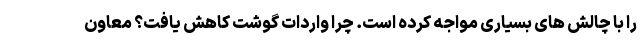
را با چالش های بسیاری مواجه کرده است. چرا واردات گوشت کاهش یافت؟ معاون